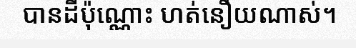
បានដីប៉ុណ្ណោះ ហត់នឿយណាស់។